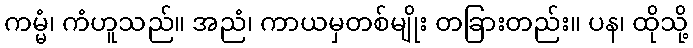
ကမ္မံ၊ ကံဟူသည်။ အညံ၊ ကာယမှတစ်မျိုး တခြားတည်း။ ပန၊ ထိုသို့